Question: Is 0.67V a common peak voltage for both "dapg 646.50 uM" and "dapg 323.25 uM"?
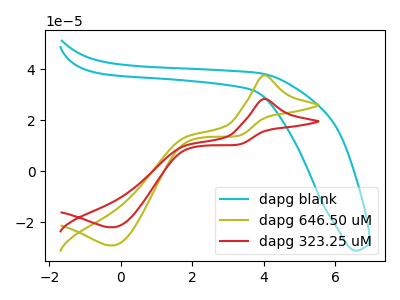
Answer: <think>The cyan curve "dapg blank" has no peaks. The olive curve "dapg 646.50 uM" has an anodic peak at (4.00V, 37.65uA) and a cathodic peak at (-0.25V, -29.05uA). The red curve "dapg 323.25 uM" has an anodic peak at (4.00V, 28.45uA) and a cathodic peak at (-0.25V, -21.90uA).</think>
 <answer>No, "dapg 646.50 uM" and "dapg 323.25 uM" dont share a peak at 0.67V.</answer>
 <eval>mismatch</eval>